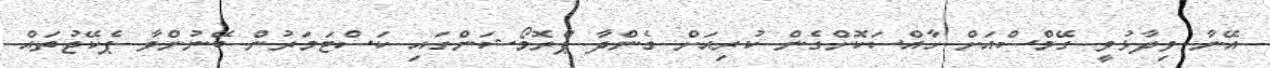
އޭނާ ވިދާޅުވީ ގޭމްސްއަށް ހާއްސަކޮށްގެން ކުރިއަށް ގެންދާ ޕްރޮމޯޝަންގައި ކަސްޓަމަރުން ބޭނުންވާ ޕެކޭޖުތައް